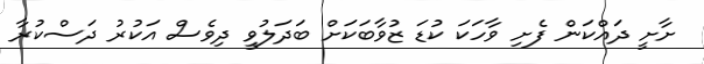
ށާށީ ދައްކަން ފެށި ވާހަކަ ކުޑަ ޒުވާބަކަށް ބަދަލުވީ ދިވެސް އަކުރު ދަސްކުރާ